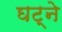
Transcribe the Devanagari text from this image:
घट्ने